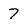
Character: 7